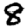
Digit: 8